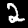
Label: 2